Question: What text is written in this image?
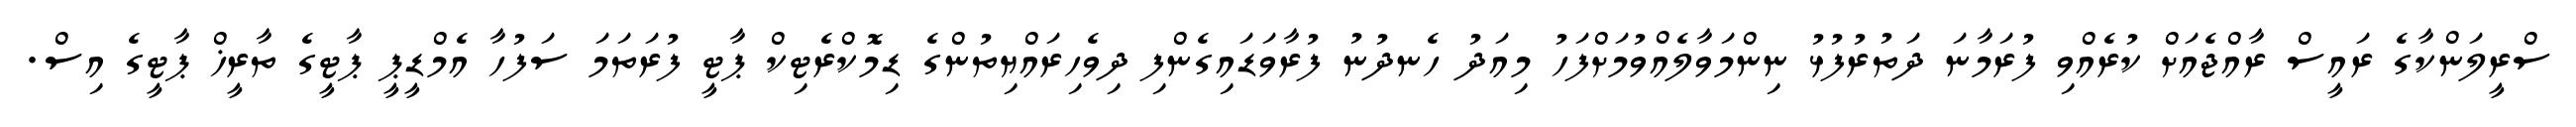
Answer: ސްރީލަންކާގެ ރައީސް ރާއްޖެއަށް ކުރެއްވި ފުރަމާނަ ދަތުރުފުޅު ނިންމަވާލެއްވުމަށްފަހު މިއަދު ހެނދުނު ފުރާވަޑައިގެންފި ދިވެހިރައްޔިތުންގެ ޑިމޮކްރެޓިކް ޕާޓީ ފުރަތަމަ ސަފުހާ އެމްޑީޕީ ޕާޓީގެ ތާރީޚް ޕާޓީގެ އިސް.